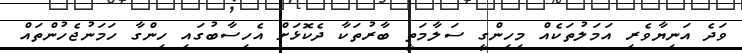
ވަދެ އަނިޔާވެރި އަމަލުތަކެއް މިހިންގީ ސަލާމަތީ ބާރުތަކާ ދެކޮޅަށް އެހިސާބުގައި ހިންގާ ހަމަނުޖެހުންތައް